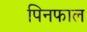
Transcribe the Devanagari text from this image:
पिनफाल